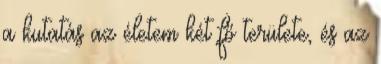
a kutatás az életem két fő területe, és az